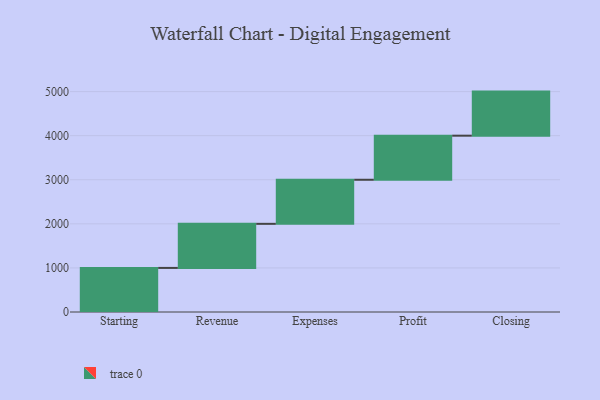
{"axis": {"x": "Step", "y": "Value"}, "legend": [""], "data": [{"x": "Starting", "y": 1000, "type": ""}, {"x": "Revenue", "y": 1000, "type": ""}, {"x": "Expenses", "y": 1000, "type": ""}, {"x": "Profit", "y": 1000, "type": ""}, {"x": "Closing", "y": 1000, "type": ""}]}